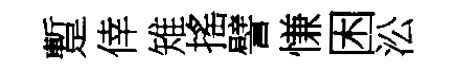
蹔倖雉搖譬慊困㳂